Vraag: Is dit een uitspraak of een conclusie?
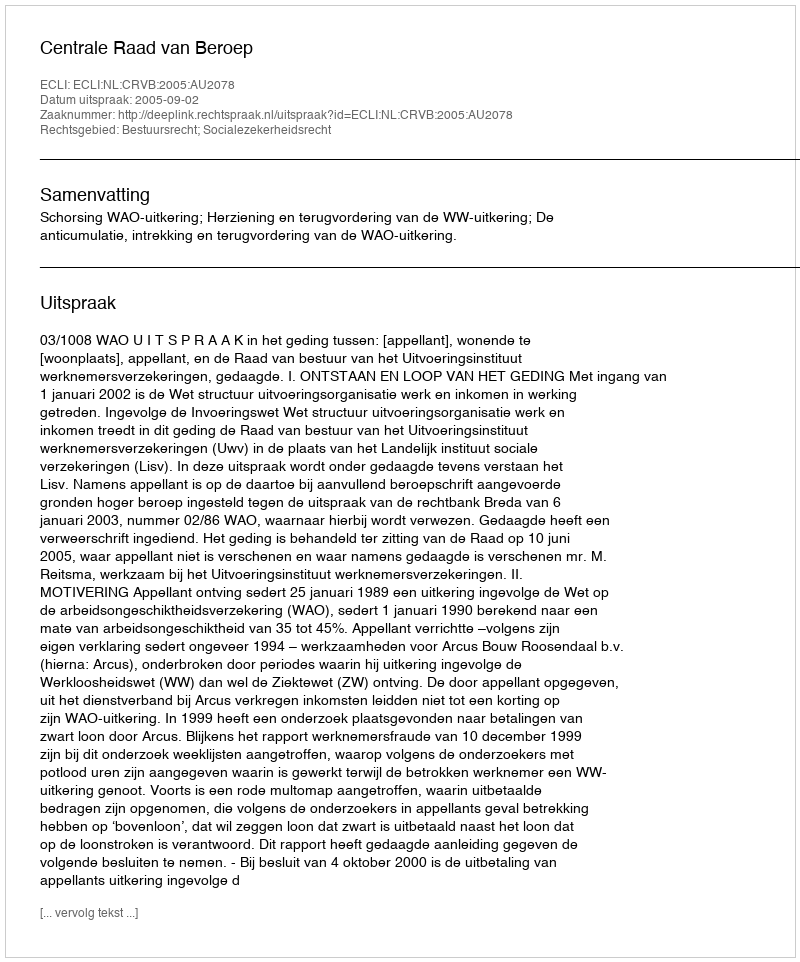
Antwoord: Uitspraak